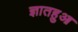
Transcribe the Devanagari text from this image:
ज्ञातहुआ